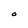
Character: O